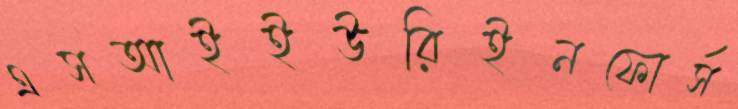
এসআইইউরিইনফোর্স